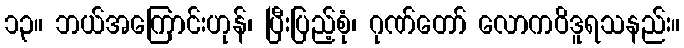
၁၃။ ဘယ်အကြောင်းဟုန်၊ ပြီးပြည့်စုံ၊ ဂုဏ်တော် လောကဝိဒူရသနည်း။